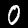
Digit: 0